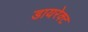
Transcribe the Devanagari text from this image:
डायरेक्‍ट